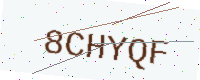
Text: 8CHYQF